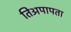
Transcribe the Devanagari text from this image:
तिअपापता